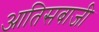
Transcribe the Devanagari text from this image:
आतिसबाजी